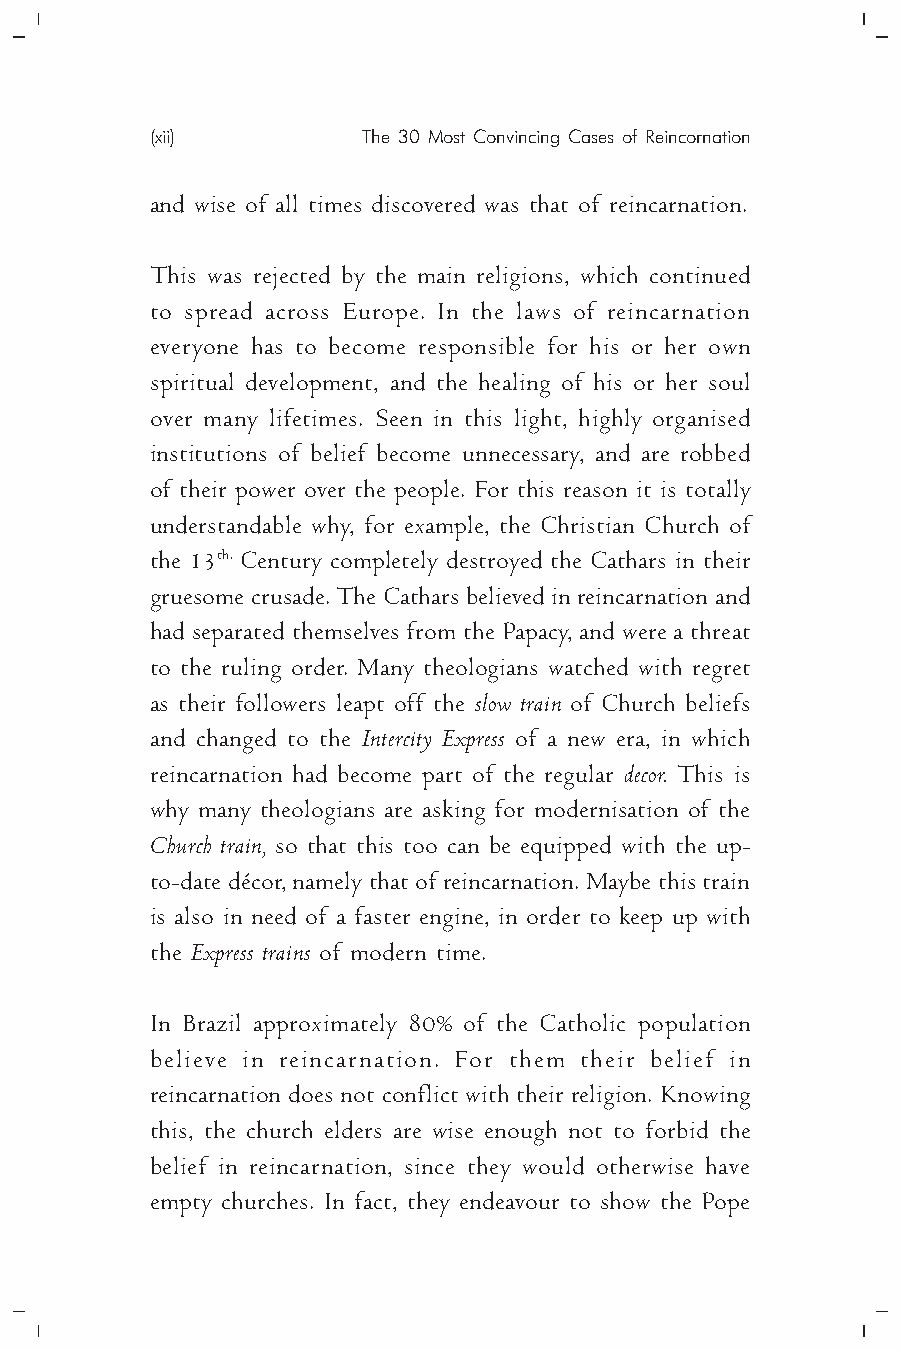
(xii)         The 30 Most Convincing Cases of Reincornation
 and wise of all times discovered was that of reincarnation.
 This was rejected by the main religions, which continued
 to spread across Europe. In the laws of reincarnation
 everyone has to become responsible for his or her own
 spiritual development, and the healing of his or her soul
 over many lifetimes. Seen in this light, highly organised
 institutions of belief become unnecessary, and are robbed
 of their power over the people. For this reason it is totally
 understandable why, for example, the Christian Church of
 the 13th. Century completely destroyed the Cathars in their
 gruesome crusade. The Cathars believed in reincarnation and
 had separated themselves from the Papacy, and were a threat
 to the ruling order. Many theologians watched with regret
 as their followers leapt off the slow train of Church beliefs
 and changed to the Intercity Express of a new era, in which
 reincarnation had become part of the regular decor. This is
 why many theologians are asking for modernisation of the
 Church train, so that this too can be equipped with the up-
 to-date décor, namely that of reincarnation. Maybe this train
 is also in need of a faster engine, in order to keep up with
 the Express trains of modern time.
 In Brazil approximately 80% of the Catholic population
 believe in reincarnation. For them their belief in
 reincarnation does not conflict with their religion. Knowing
 this, the church elders are wise enough not to forbid the
 belief in reincarnation, since they would otherwise have
 empty churches. In fact, they endeavour to show the Pope